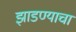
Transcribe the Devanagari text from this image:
झाडण्याचा